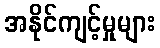
အနိုင်ကျင့်မှုများ